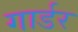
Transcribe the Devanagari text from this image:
गार्डर